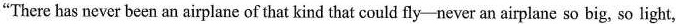
"There has never been an airplane of that kind that could fly-never an airplane so big, so light,